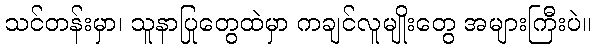
သင်တန်းမှာ၊ သူနာပြုတွေထဲမှာ ကချင်လူမျိုးတွေ အများကြီးပဲ။